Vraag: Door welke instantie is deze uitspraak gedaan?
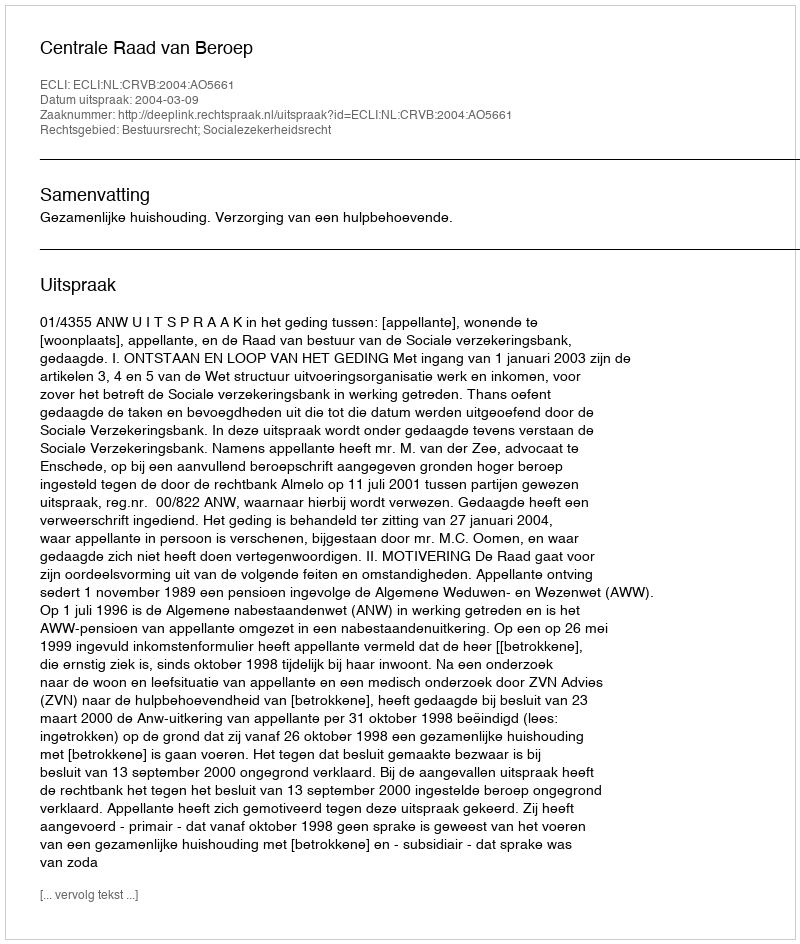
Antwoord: Centrale Raad van Beroep